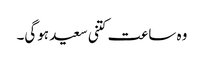
وہ ساعت کتنی سعید ہوگی۔